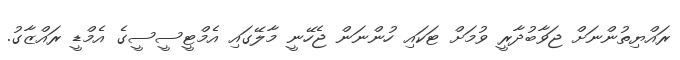
ރައްޔިތުންނަށް ޖަވާބުދާރީ ވުމަށް ޓަކައި ހުންނަން ޖެހޭނީ މާލޭގައި އެމްޓީސީސީގެ އެމްޑީ ރައްޒާގު.